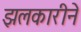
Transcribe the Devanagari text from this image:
झलकारीने